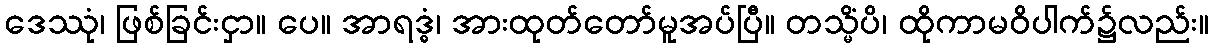
ဒေဿုံ၊ ဖြစ်ခြင်းငှာ။ ပေ။ အာရဒ္ဓံ၊ အားထုတ်တော်မူအပ်ပြီ။ တသ္မိံပိ၊ ထိုကာမဝိပါက်၌လည်း။